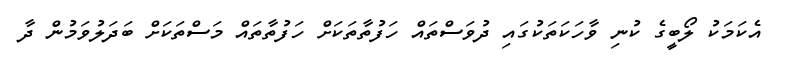
އެކަމަކު ލޯބީގެ ކުނި ވާހަކަތަކުގައި ދުވަސްތައް ހަފުތާތަކަށް ހަފުތާތައް މަސްތަކަށް ބަދަލުވަމުން ދާ